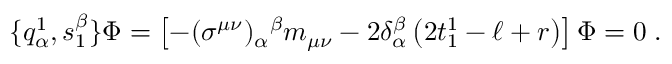
\{ q _ { \alpha } ^ { 1 } , s _ { 1 } ^ { \beta } \} \Phi = \left[ - ( \sigma ^ { \mu \nu } ) _ { \alpha } { } ^ { \beta } m _ { \mu \nu } - 2 \delta _ { \alpha } ^ { \beta } \left( 2 t _ { 1 } ^ { 1 } - \ell + r \right) \right] \Phi = 0 \; .